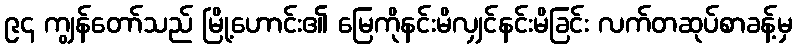
၉၄ ကျွန်တော်သည် မြို့ဟောင်း၏ မြေကိုနင်းမိလျှင်နင်းမိခြင်း လက်တဆုပ်စာခန့်မှ